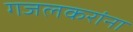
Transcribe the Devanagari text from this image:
गजलकरांना